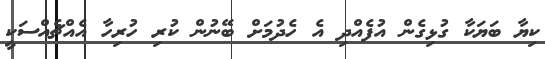
ކިޔާ ބަޔަކާ ގުޅިގެން އުފެއްދި އެ ހެދުމަށް ބޭނުން ކުރި ހުރިހާ އެއްޗެއްސަކީ